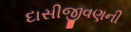
દાસીજીવણની